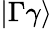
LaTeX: |\Gamma\gamma\rangle